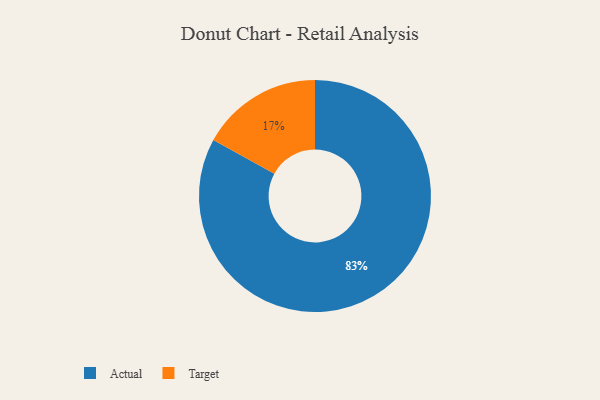
{"axis": {"x": "Category", "y": "Percentage"}, "legend": ["Actual", "Target"], "data": [{"x": "Target", "y": 17, "type": "Target"}, {"x": "Actual", "y": 83, "type": "Actual"}]}